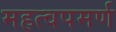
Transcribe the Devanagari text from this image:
महत्‍वपमर्ण